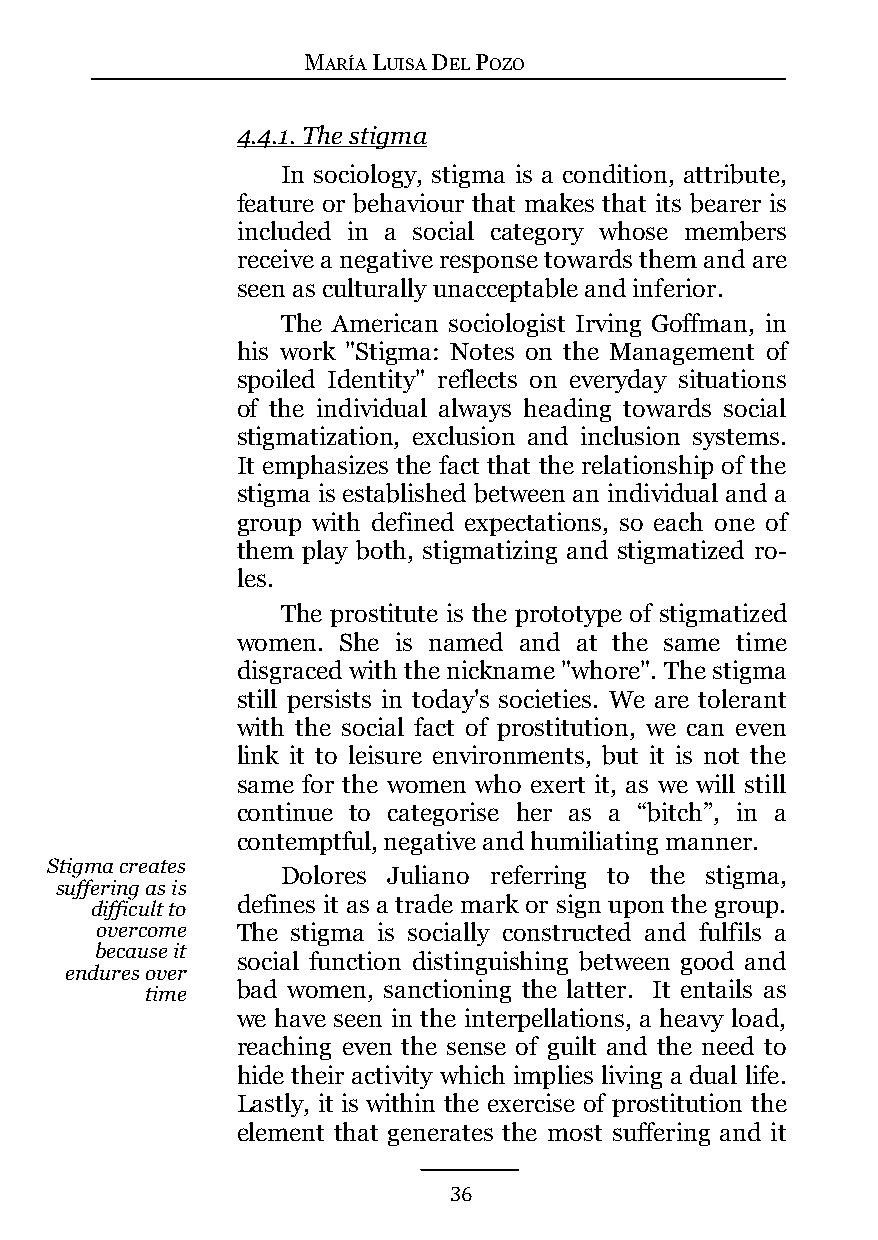
MARÍA LUISA DEL POZO
 4.4.1. The stigma
 In sociology, stigma is a condition, attribute,
 feature or behaviour that makes that its bearer is
 included in a social category whose members
 receive a negative response towards them and are
 seen as culturally unacceptable and inferior.
 The American sociologist Irving Goffman, in
 his work "Stigma: Notes on the Management of
 spoiled Identity" reflects on everyday situations
 of the individual always heading towards social
 stigmatization, exclusion and inclusion systems.
 It emphasizes the fact that the relationship of the
 stigma is established between an individual and a
 group with defined expectations, so each one of
 them play both, stigmatizing and stigmatized ro-
 les.
 The prostitute is the prototype of stigmatized
 women. She is named and at the same time
 disgraced with the nickname "whore". The stigma
 still persists in today's societies. We are tolerant
 with the social fact of prostitution, we can even
 link it to leisure environments, but it is not the
 same for the women who exert it, as we will still
 continue to categorise her as a “bitch”, in a
 contemptful, negative and humiliating manner.
 Stigma creates
 Dolores Juliano referring to the stigma,
 suffering as is
 difficult to defines it as a trade mark or sign upon the group.
 overcome  The stigma is socially constructed and fulfils a
 because it
 social function distinguishing between good and
 endures over
 time  bad women, sanctioning the latter. It entails as
 we have seen in the interpellations, a heavy load,
 reaching even the sense of guilt and the need to
 hide their activity which implies living a dual life.
 Lastly, it is within the exercise of prostitution the
 element that generates the most suffering and it
 36